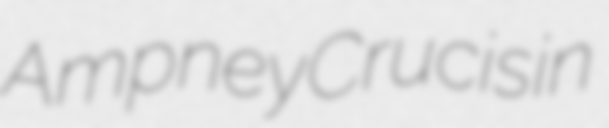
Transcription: Ampney Crucis in